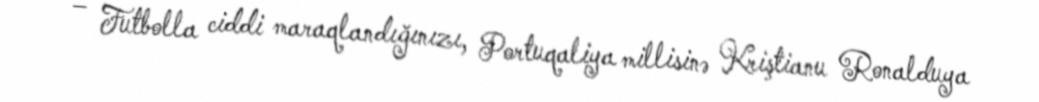
– Futbolla ciddi maraqlandığınızı, Portuqaliya millisinə Kriştianu Ronalduya